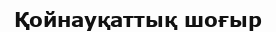
Қойнауқаттық шоғыр